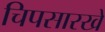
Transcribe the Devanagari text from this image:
चिपसारखे